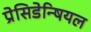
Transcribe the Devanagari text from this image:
प्रेसिडेन्षियल